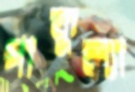
পাকুল্যা